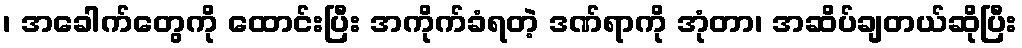
၊ အခေါက်တွေကို ထောင်းပြီး အကိုက်ခံရတဲ့ ဒဏ်ရာကို အုံတာ၊ အဆိပ်ချတယ်ဆိုပြီး